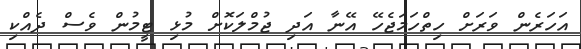
އަހަރެން ވަރަށް ހިތްހަމަޖެހޭ އޭނާ އަދި ޖުމްލަކޮށް މުޅި ޓީމުން ވެސް ދެއްކި